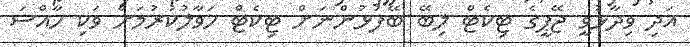
އަދި ވިދާޅުވީ ޖޭޕީގެ ޓިކެޓް ލިބޭ ބޭފުޅުންނަށް ޓިކެޓް ހަވާލުކުރުމަށް ވަކި ހާއްސަ